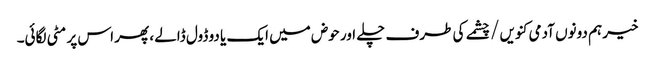
خیر ہم دونوں آدمی کنویں / چشمے کی طرف چلے اور حوض میں ایک یا دو ڈول ڈالے ، پھر اس پر مٹی لگائی۔